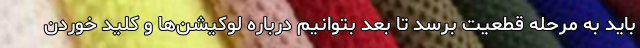
باید به مرحله قطعیت برسد تا بعد بتوانیم درباره لوکیشن‌ها و کلید خوردن